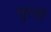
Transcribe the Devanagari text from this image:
गुरदों